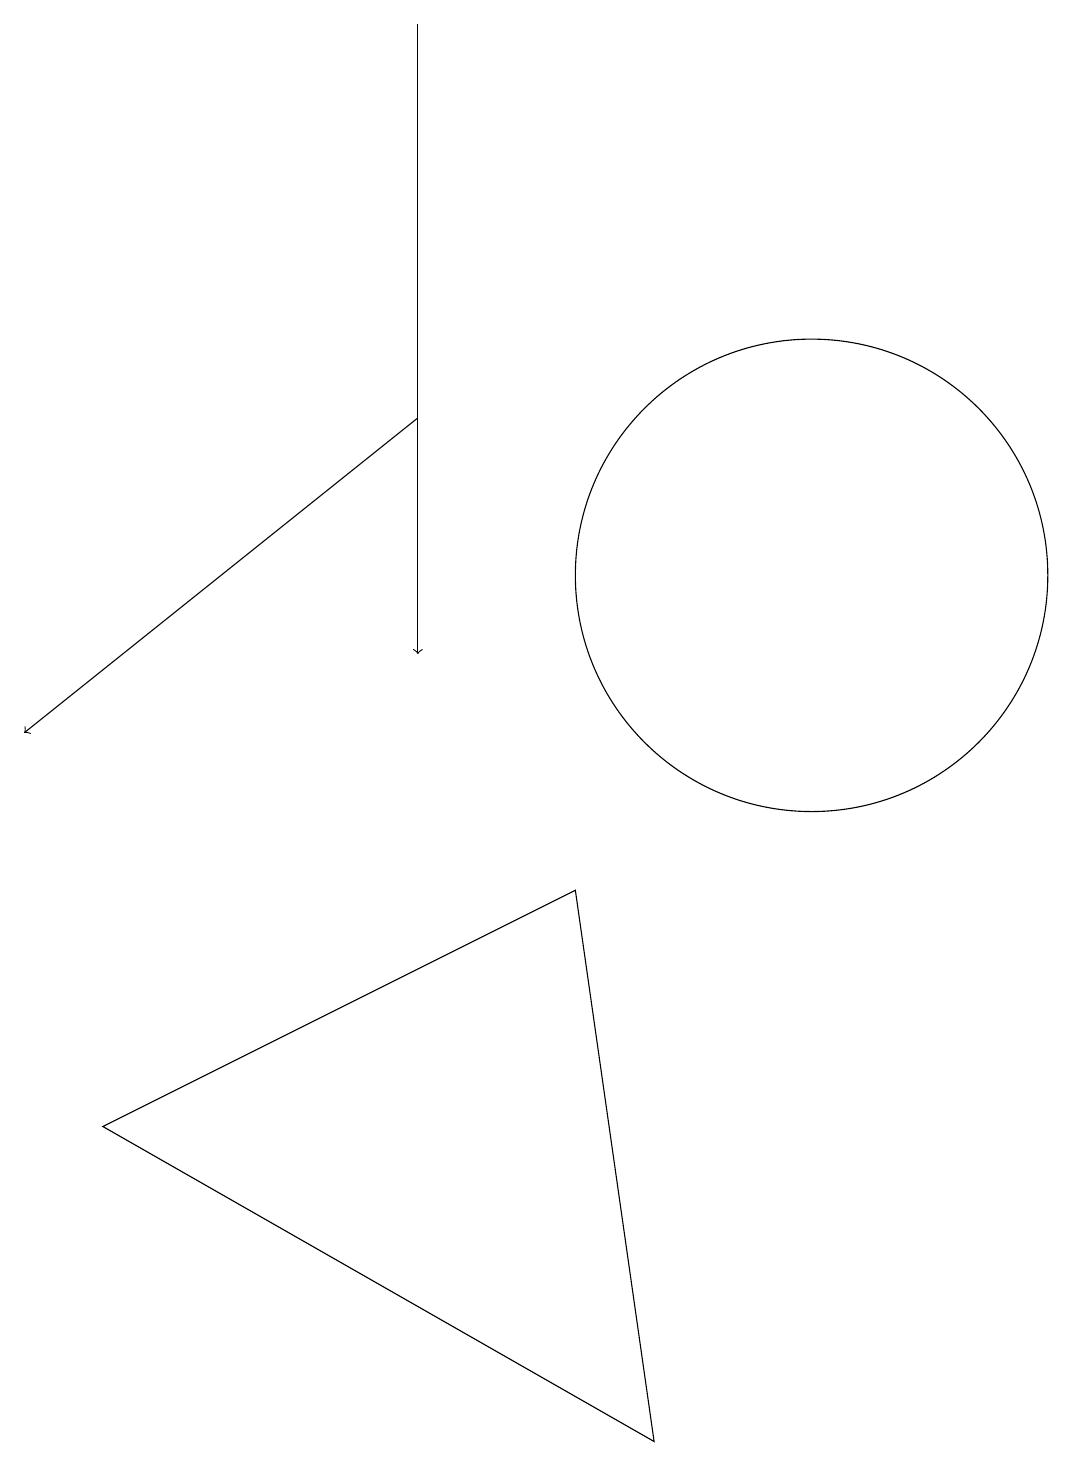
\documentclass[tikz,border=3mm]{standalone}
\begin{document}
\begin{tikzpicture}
\draw[->] (6,19) -- (6,11);
\draw[->] (6,14) -- (1,10);
\draw (2,5) -- (9,1) -- (8,8) -- cycle;
\draw (12,11) circle (0);
\draw (11,12) circle (3);
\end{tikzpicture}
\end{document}